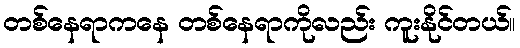
တစ်နေရာကနေ တစ်နေရာကိုလည်း ကူးနိုင်တယ်။